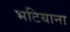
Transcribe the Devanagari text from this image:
भटियाना